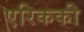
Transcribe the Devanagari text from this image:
एरिककी